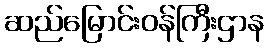
ဆည်မြောင်းဝန်ကြီးဌာန